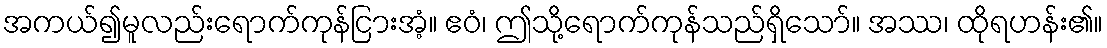
အကယ်၍မူလည်းရောက်ကုန်ငြားအံ့။ ဧဝံ၊ ဤသို့ရောက်ကုန်သည်ရှိသော်။ အဿ၊ ထိုရဟန်း၏။